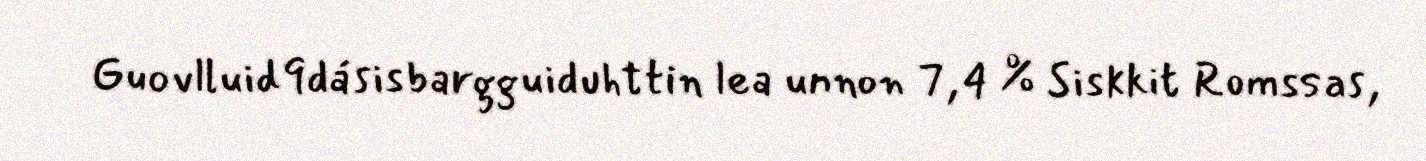
Guovlluid9dásisbargguiduhttin lea unnon 7,4 % Siskkit Romssas,